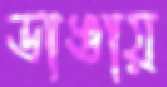
ডাঙায়